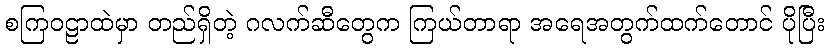
စကြဝဠာထဲမှာ တည်ရှိတဲ့ ဂလက်ဆီတွေက ကြယ်တာရာ အရေအတွက်ထက်တောင် ပိုပြီး